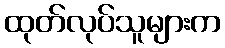
ထုတ်လုပ်သူများက